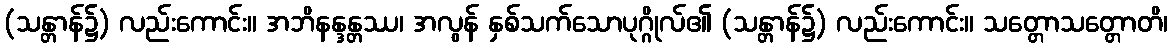
(သန္တာန်၌) လည်းကောင်း။ အဘိနန္ဒန္တဿ၊ အလွန် နှစ်သက်သောပုဂ္ဂိုလ်၏ (သန္တာန်၌) လည်းကောင်း။ သတ္တောသတ္တောတိ၊